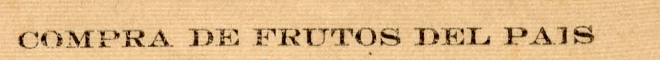
COMPRA DE FRUTOS DEL PAIS